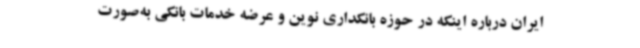
ایران درباره اینکه در حوزه بانکداری نوین و عرضه خدمات بانکی به‌صورت